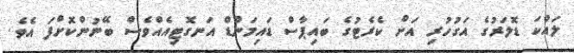
ލައްކަ ޑޮލަރުގެ އަގުހުރި އަށް ކެރެޓުގެ ބައިޕާސް ޑައިމަންޑް އަނގޮޓިއެއްވެސް ބޭނުންކޮށްފަ އެވެ.